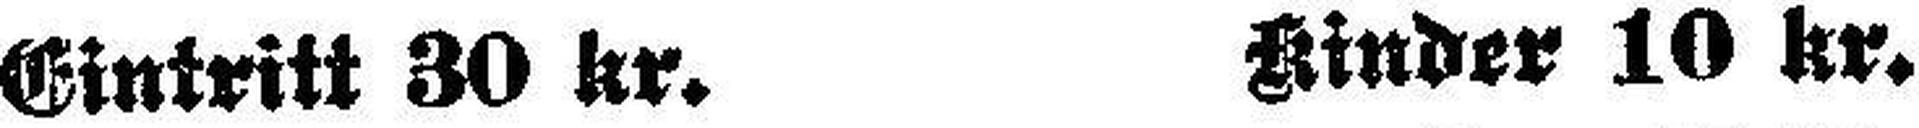
Eintritt 30 kr. Kinder 10 kr.